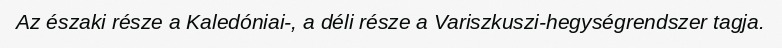
Az északi része a Kaledóniai-, a déli része a Variszkuszi-hegységrendszer tagja.